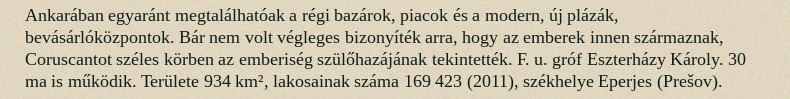
Ankarában egyaránt megtalálhatóak a régi bazárok, piacok és a modern, új plázák, bevásárlóközpontok. Bár nem volt végleges bizonyíték arra, hogy az emberek innen származnak, Coruscantot széles körben az emberiség szülőhazájának tekintették. F. u. gróf Eszterházy Károly. 30 ma is működik. Területe 934 km², lakosainak száma 169 423 (2011), székhelye Eperjes (Prešov).